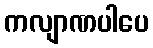
ကလျာဏပါပေ